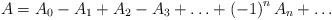
LaTeX: \begin{align*}A=A_{0}-A_{1}+A_{2}-A_{3}+\ldots +\left( -1\right) ^{n}A_{n}+\ldots\end{align*}